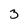
Character: 3